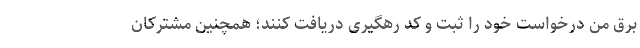
برق من درخواست خود را ثبت و کد رهگیری دریافت کنند؛ همچنین مشترکان